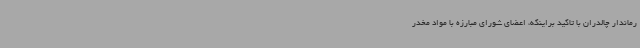
رماندار چالدران با تاکید براینکه، اعضای شورای مبارزه با مواد مخدر